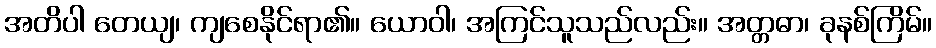
အတိပါ တေယျ၊ ကျစေနိုင်ရာ၏။ ယောဝါ၊ အကြင်သူသည်လည်း။ အတ္တဓာ၊ ခုနစ်ကြိမ်။